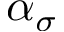
\alpha _ { \sigma }